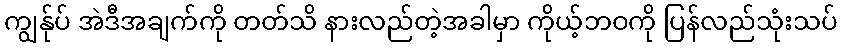
ကျွန်ုပ် အဲဒီအချက်ကို တတ်သိ နားလည်တဲ့အခါမှာ ကိုယ့်ဘဝကို ပြန်လည်သုံးသပ်